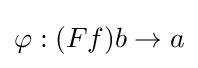
\varphi :(Ff)b\to a